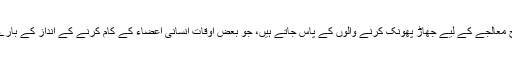
وہاں اب بھی بہت سے لوگ اپنےعلاج معالجے کے لیے جھاڑ پھونک کرنے والوں کے پاس جاتے ہیں، جو بعض اوقات انسانی اعضاء کے کام کرنے کے انداز کے بارے میں مختلف نظریات پیش کرتے ہیں۔